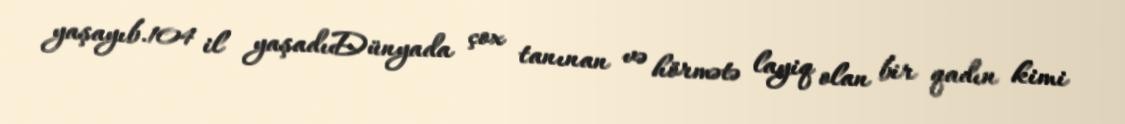
yaşayıb.104 il yaşadıDünyada çox tanınan və hörmətə layiq olan bir qadın kimi